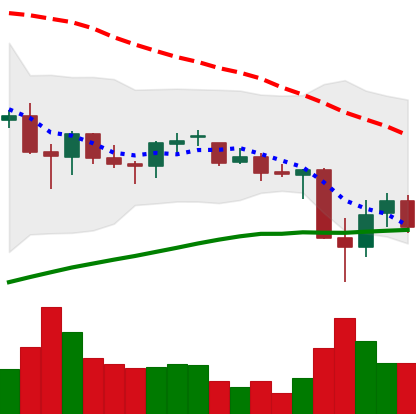
Ticker: BNB-USD
Chart end date: 2021-06-25
Forward return: 7.696%
Label: up_7plus